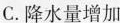
C.降水量增加